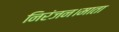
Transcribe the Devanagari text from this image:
निरंजन।माता